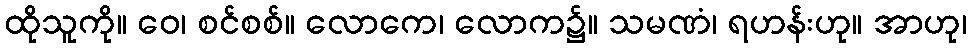
ထိုသူကို။ ဝေ၊ စင်စစ်။ လောကေ၊ လောက၌။ သမဏံ၊ ရဟန်းဟု။ အာဟု၊